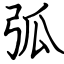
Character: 弧